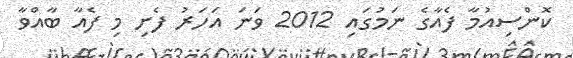
ކޮންސިއުމާ ފެއާގެ ނަމުގައި 2012 ވަނަ އަހަރު ފެށި މި ފެއާ ބާއްވާ